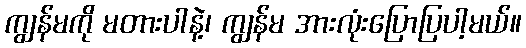
ကျွန်မကို မတားပါနဲ့၊ ကျွန်မ အားလုံးပြောပြပါ့မယ်။